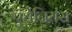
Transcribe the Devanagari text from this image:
एथेनियंस